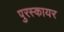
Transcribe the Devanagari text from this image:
पुरस्कायर